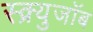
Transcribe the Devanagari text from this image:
स्क्र्युजॉब